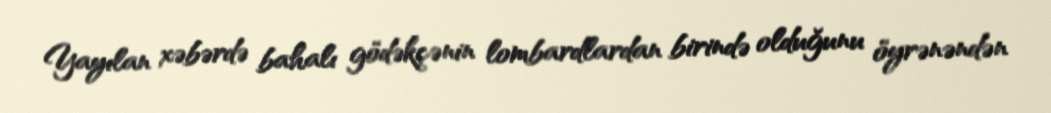
Yayılan xəbərdə bahalı gödəkçənin lombardlardan birində olduğunu öyrənəndən